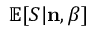
\mathbb { E } [ S | { \bf n } , \beta ]